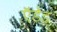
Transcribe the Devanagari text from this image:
ऍडेड